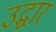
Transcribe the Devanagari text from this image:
उद्घार